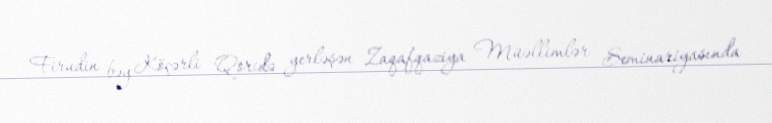
Firudin bəy Köçərli Qoridə yerləşən Zaqafqaziya Müəllimlər Seminariyasında